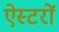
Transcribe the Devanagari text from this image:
ऐस्टरों